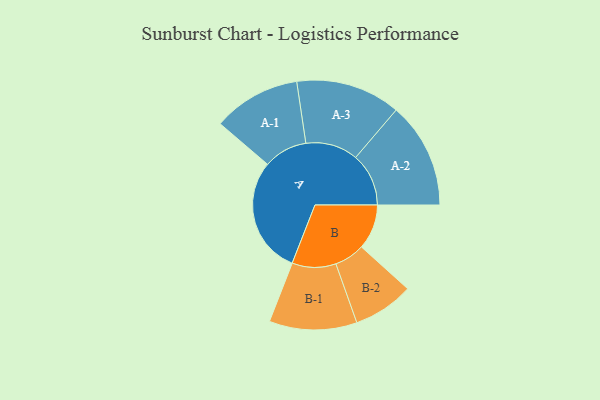
{"axis": {"x": "Segment", "y": "Value"}, "legend": ["", "A", "B"], "data": [{"x": "A", "y": 397, "type": ""}, {"x": "B", "y": 153, "type": ""}, {"x": "A-1", "y": 149, "type": "A"}, {"x": "A-2", "y": 180, "type": "A"}, {"x": "A-3", "y": 178, "type": "A"}, {"x": "B-1", "y": 149, "type": "B"}, {"x": "B-2", "y": 103, "type": "B"}]}